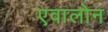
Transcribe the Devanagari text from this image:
एवालोन